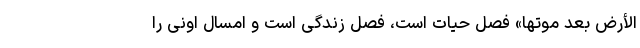
الأَرضَ بَعدَ مَوتِها» فصل حیات است، فصل زندگی است و امسال اونی را